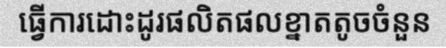
ធ្វើការដោះដូរផលិតផលខ្នាតតូចចំនួន